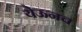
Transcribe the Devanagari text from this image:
येऊनच